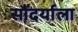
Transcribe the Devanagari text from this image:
सौंदर्याला